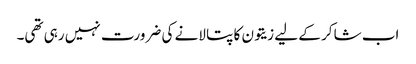
اب شاکر کے لیے زیتون کا پتا لانے کی ضرورت نہیں رہی تھی۔